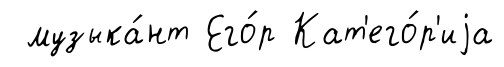
музыка́нт Его́р Кат'его́р'иjа